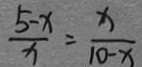
\frac { 5 - x } { x } = \frac { x } { 1 0 - x }